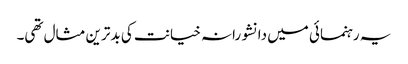
یہ رہنمائی میں دانشورانہ خیانت کی بدترین مثال تھی۔